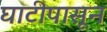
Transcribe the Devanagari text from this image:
घाटीपासून